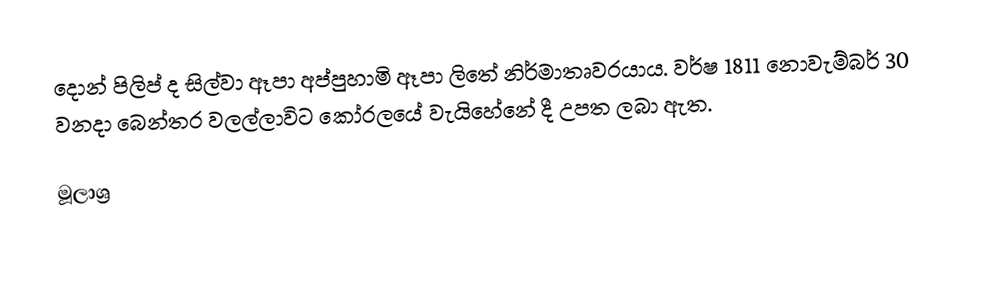
දොන් පිලිප් ද සිල්වා ඈපා අප්පුහාමි ඈපා ලිතේ නිර්මාතෘවරයාය. වර්ෂ 1811 නොවැම්බර් 30 වනදා බෙන්තර වලල්ලාවිට කෝරලයේ වැයිහේනේ දී උපත ලබා ඇත.

මූලාශ්‍ර